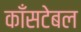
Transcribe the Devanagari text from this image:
काँसटेबल